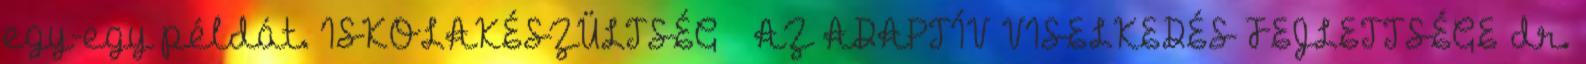
egy-egy példát. ISKOLAKÉSZÜLTSÉG – AZ ADAPTÍV VISELKEDÉS FEJLETTSÉGE dr.